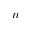
n